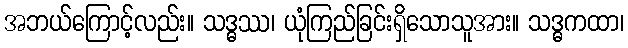
အဘယ်ကြောင့်လည်း။ သဒ္ဓဿ၊ ယုံကြည်ခြင်းရှိသောသူအား။ သဒ္ဓကထာ၊